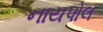
નાયપોલ